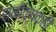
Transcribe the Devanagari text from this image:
समीक्षकही